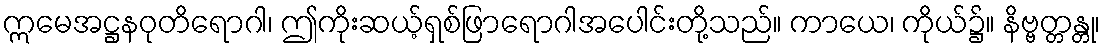
ဣမေအဋ္ဌနဝုတိရောဂါ၊ ဤကိုးဆယ့်ရှစ်ဖြာရောဂါအပေါင်းတို့သည်။ ကာယေ၊ ကိုယ်၌။ နိဗ္ဗတ္တန္တု၊